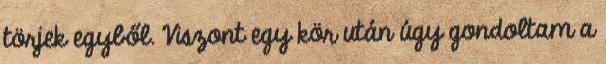
törjek egyből. Viszont egy kör után úgy gondoltam a